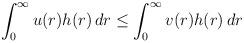
LaTeX: \begin{align*} \int_0^\infty u(r) h(r) \,dr \le \int_0^\infty v(r) h(r)\,dr \end{align*}